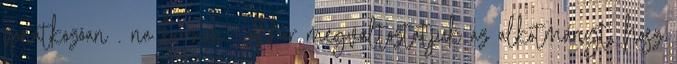
vonatkozóan . na bumm. Akkor megváltoztatjuk az alkotmányt, hosz